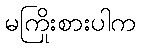
မကြိုးစားပါက